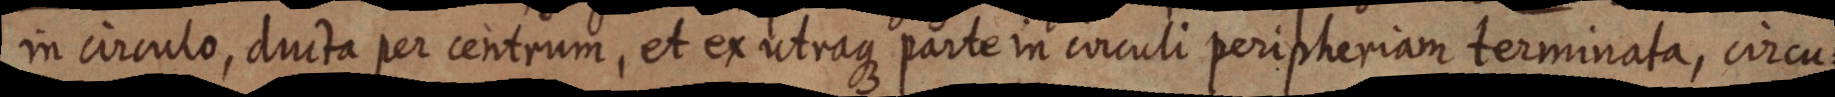
in circulo, ducta per centrum, et ex utraque parte in circuli peripheriam terminata, circu